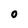
Character: o